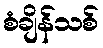
စံချိန်သစ်